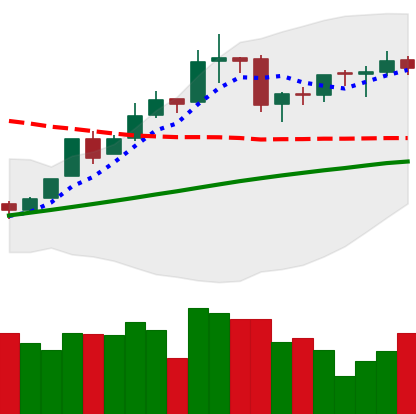
Ticker: BTC-USD
Chart end date: 2016-03-01
Forward return: -6.301%
Label: down_5_7